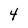
Character: 4